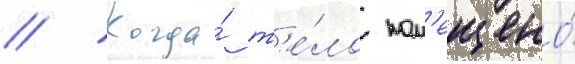
// Когда́ т'е́ло пом'ещено́